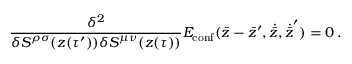
{ \frac { \delta ^ { 2 } } { \delta S ^ { \rho \sigma } ( z ( \tau ^ { \prime } ) ) \delta S ^ { \mu \nu } ( z ( \tau ) ) } } E _ { \mathrm { c o n f } } ( \bar { z } - \bar { z } ^ { \prime } , \dot { \bar { z } } , \dot { \bar { z } } ^ { \prime } ) = 0 \, .